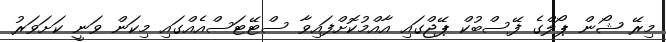
މިރޭ ޝޯން ޕޯލްގެ ފޭސްބުކް ޕޭޖްގައި އާއްމުކޮށްފައިވާ ސްޓޭޓަސްއެއްގައި މިކަން ވަނީ ކަށަވަރު